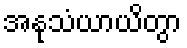
အနုသံယာယိတွာ